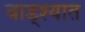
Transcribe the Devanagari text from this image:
वाड्श्यात